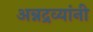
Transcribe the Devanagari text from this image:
अन्नद्रव्यांनी